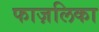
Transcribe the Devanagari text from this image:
फाज़लिका